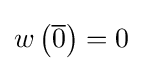
w\left({\overline {0}}\right)=0